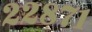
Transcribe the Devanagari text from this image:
२२८७१